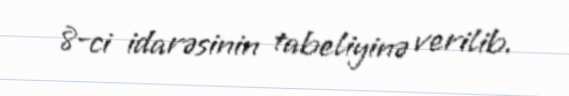
8-ci idarəsinin tabeliyinə verilib.